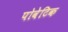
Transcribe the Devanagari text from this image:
पोवेटिक